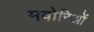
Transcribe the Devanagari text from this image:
मवोरिओं